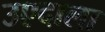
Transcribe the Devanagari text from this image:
उएदाला